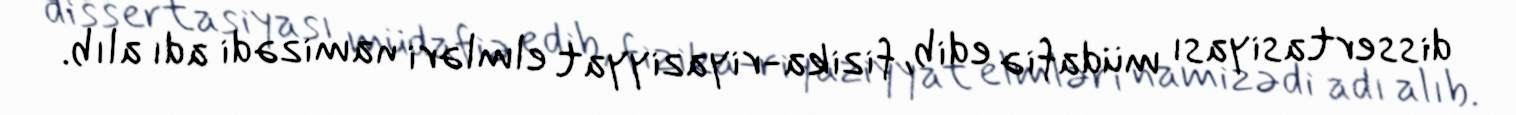
dissertasiyası müdafiə edib, fizika-riyaziyyat elmləri namizədi adı alıb.